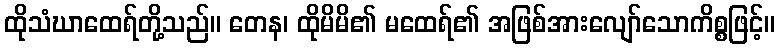
ထိုသံဃာထေရ်တို့သည်။ တေန၊ ထိုမိမိ၏ မထေရ်၏ အဖြစ်အားလျော်သောကိစ္စဖြင့်။